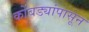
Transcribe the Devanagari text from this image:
कोंबड्यांपासून